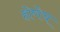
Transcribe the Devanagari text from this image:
होणेच